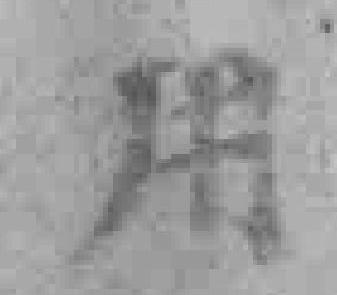
用